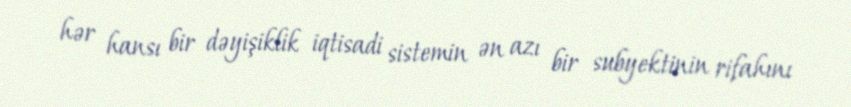
hər hansı bir dəyişiklik iqtisadi sistemin ən azı bir subyektinin rifahını